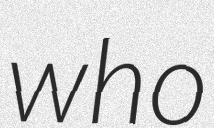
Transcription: who